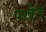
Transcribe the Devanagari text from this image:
पखेत